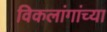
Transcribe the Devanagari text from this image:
विकलांगांच्या